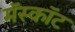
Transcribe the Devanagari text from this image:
मॅस्कॉट